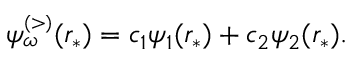
\begin{array} { r } { \psi _ { \omega } ^ { \scriptscriptstyle ( > ) } ( r _ { * } ) = c _ { 1 } \psi _ { 1 } ( r _ { * } ) + c _ { 2 } \psi _ { 2 } ( r _ { * } ) . } \end{array}